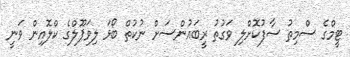
ޓީމްގެ ސްމިތު ސާފުކޮށްލި ވަގުތު ރީބައުންސަށް ނުކުތް ބޯޅަ ލިވަޕޫލްގެ ކްލޮއިން ވަނީ